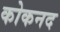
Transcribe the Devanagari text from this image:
कोकनद